Insane asylums in Bengal annual reports 1876-1887 - 1876-1887
Year: 1876
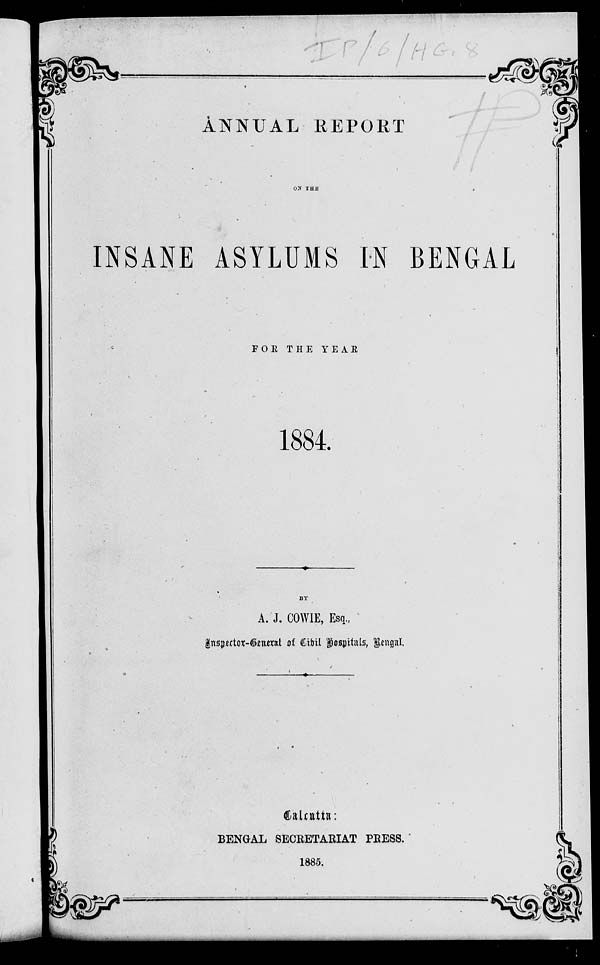
ANNUAL REPORT
ON THE
INSANE ASYLUMS IN BENGAL
FOR THE YEAR
1884.
BY
A. J. COWIE, Esq.,
Inspector-General of Civil Hospitals, Bengal.
Calcutta:
BENGAL SECRETARIAT PRESS.
1885.